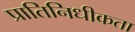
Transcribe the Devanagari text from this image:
प्रातिनिधीकता